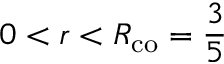
0 < r < R _ { \mathrm { c o } } = \frac { 3 } { 5 }